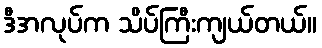
ဒီအလုပ်က သိပ်ကြီးကျယ်တယ်။